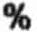
%